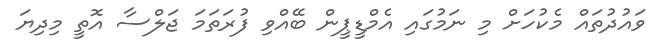
ވައުދުތައް މެކުހަށް މި ނަމުގައި އެމްޑީޕީން ބޭއްވި ފުރަތަމަ ޖަލްސާ އޮތީ މިދިޔަ